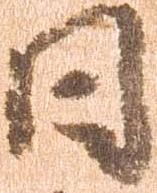
日